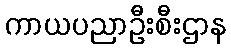
ကာယပညာဦးစီးဌာန